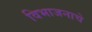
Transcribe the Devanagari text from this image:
विभाजनाचे